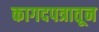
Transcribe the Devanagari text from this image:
कागदपत्रातून